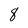
Character: 8